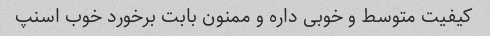
کیفیت متوسط و خوبی داره و ممنون بابت برخورد خوب اسنپ